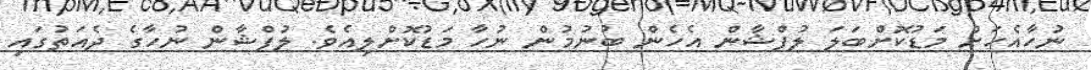
ނުހާއެހަށް މަޑުކޮށްބަލަ ލުފްޝާން އެހެން ބުނުމުން ނުހާ މަޑުކޮށްލިއެވެ. ލުފްޝާން ނުހާގެ ދެއަތުގައި